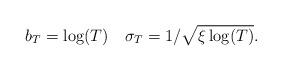
LaTeX: \begin{align*} b_T = \log(T) \quad \sigma_T = 1/ \sqrt{\xi \log(T)}.\end{align*}